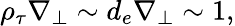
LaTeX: \rho_{\tau}\nabla_{\perp}\sim d_{e}\nabla_{\perp}\sim 1,